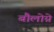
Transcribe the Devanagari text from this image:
बौलोग्ने